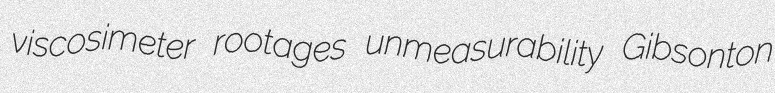
viscosimeter rootages unmeasurability Gibsonton